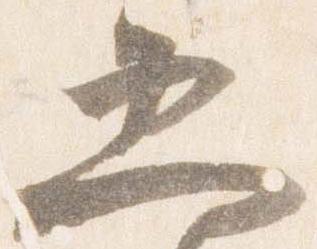
五